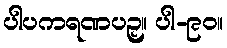
ပါပကရဏပဉှ။ ပါ-၉၀။